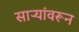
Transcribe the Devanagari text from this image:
साऱ्यांवरून